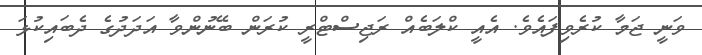
ވަނީ ޖަމާ ކުރެވިފައެވެ. އެއީ ކްލަބެއް ރަޖިސްޓްރީ ކުރަން ބޭނުންވާ އަދަދުގެ ދެބައިކުޅަ